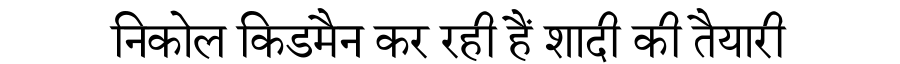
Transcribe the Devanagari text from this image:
निकोल किडमैन कर रही हैं शादी की तैयारी